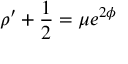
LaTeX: \rho ^ { \prime } + \frac { 1 } { 2 } = \mu e ^ { 2 \phi }